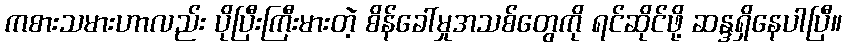
ကစားသမားဟာလည်း ပိုပြီးကြီးမားတဲ့ စိန်ခေါ်မှုအသစ်တွေကို ရင်ဆိုင်ဖို့ ဆန္ဒရှိနေပါပြီ။